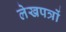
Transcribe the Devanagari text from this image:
लेखपत्रों